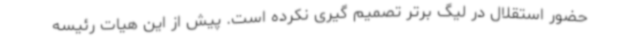
حضور استقلال در لیگ برتر تصمیم گیری نکرده است. پیش از این هیات رئیسه